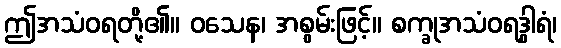
ဤအသံဝရတို့၏။ ဝသေန၊ အစွမ်းဖြင့်။ စက္ခုအသံဝရဒွါရံ၊